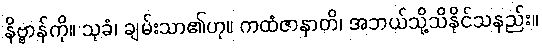
နိဗ္ဗာန်ကို။ သုခံ၊ ချမ်းသာ၏ဟု။ ကထံဇာနာတိ၊ အဘယ်သို့သိနိုင်သနည်း။